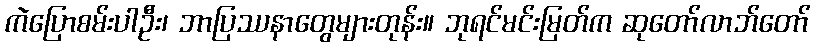
ကဲပြောစမ်းပါဦး၊ ဘာပြဿနာတွေများတုန်း။ ဘုရင်မင်းမြတ်က ဆုတော်လာဘ်တော်